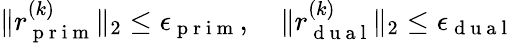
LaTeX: \| r_{\mathrm{~p~r~i~m~}}^{(k)}\| _{2}\leq\epsilon_{\mathrm{~p~r~i~m~}},\quad\| r_{\mathrm{~d~u~a~l~}}^{(k)}\| _{2}\leq\epsilon_{\mathrm{~d~u~a~l~}}